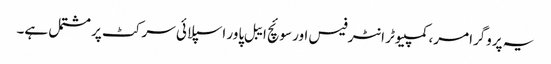
یہ پروگرامر، کمپیوٹر انٹرفیس اور سوئچ ایبل پاور اسپلائی سرکٹ پر مشتمل ہے۔